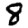
Digit: 8